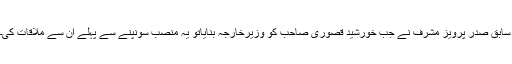
سابق صدر پرویز مشرف نے جب خورشید قصوری صاحب کو وزیرخارجہ بنایاتو یہ منصب سونپنے سے پہلے ان سے ملاقات کی۔